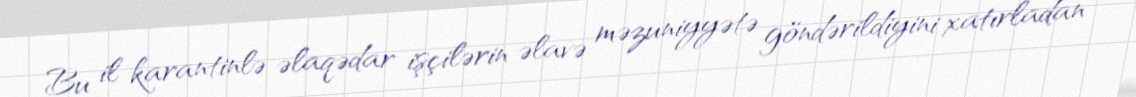
Bu il karantinlə əlaqədar işçilərin əlavə məzuniyyətə göndərildiyini xatırladan